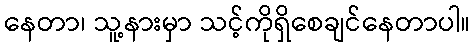
နေတာ၊ သူ့နားမှာ သင့်ကိုရှိစေချင်နေတာပါ။